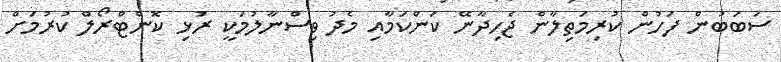
ސަބަބުން ފަހުން ކުރިމަތިލާން ޖެހިދާނޭ ކަންކަމާއި މެދު ވިސްނާލުމަކީ ރުޅި ކޮންޓްރޯލް ކުރުމަށް